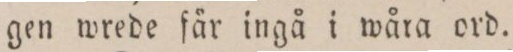
gen wrede fär ingå i wåra ord.